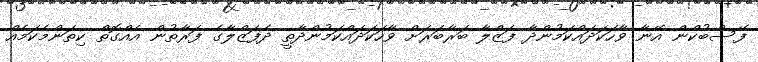
ފޭސްބުކްން އޭނާ ވާހަކަދައްކަމުންދާ ފަޒްލާ ބަރާބަރަށް ވާހަކަދައްކަމުންދާތީ ދެފަޒްލާގެ ފަރާތުން އެއްގޮތް ކިތަންމެކަމެއް